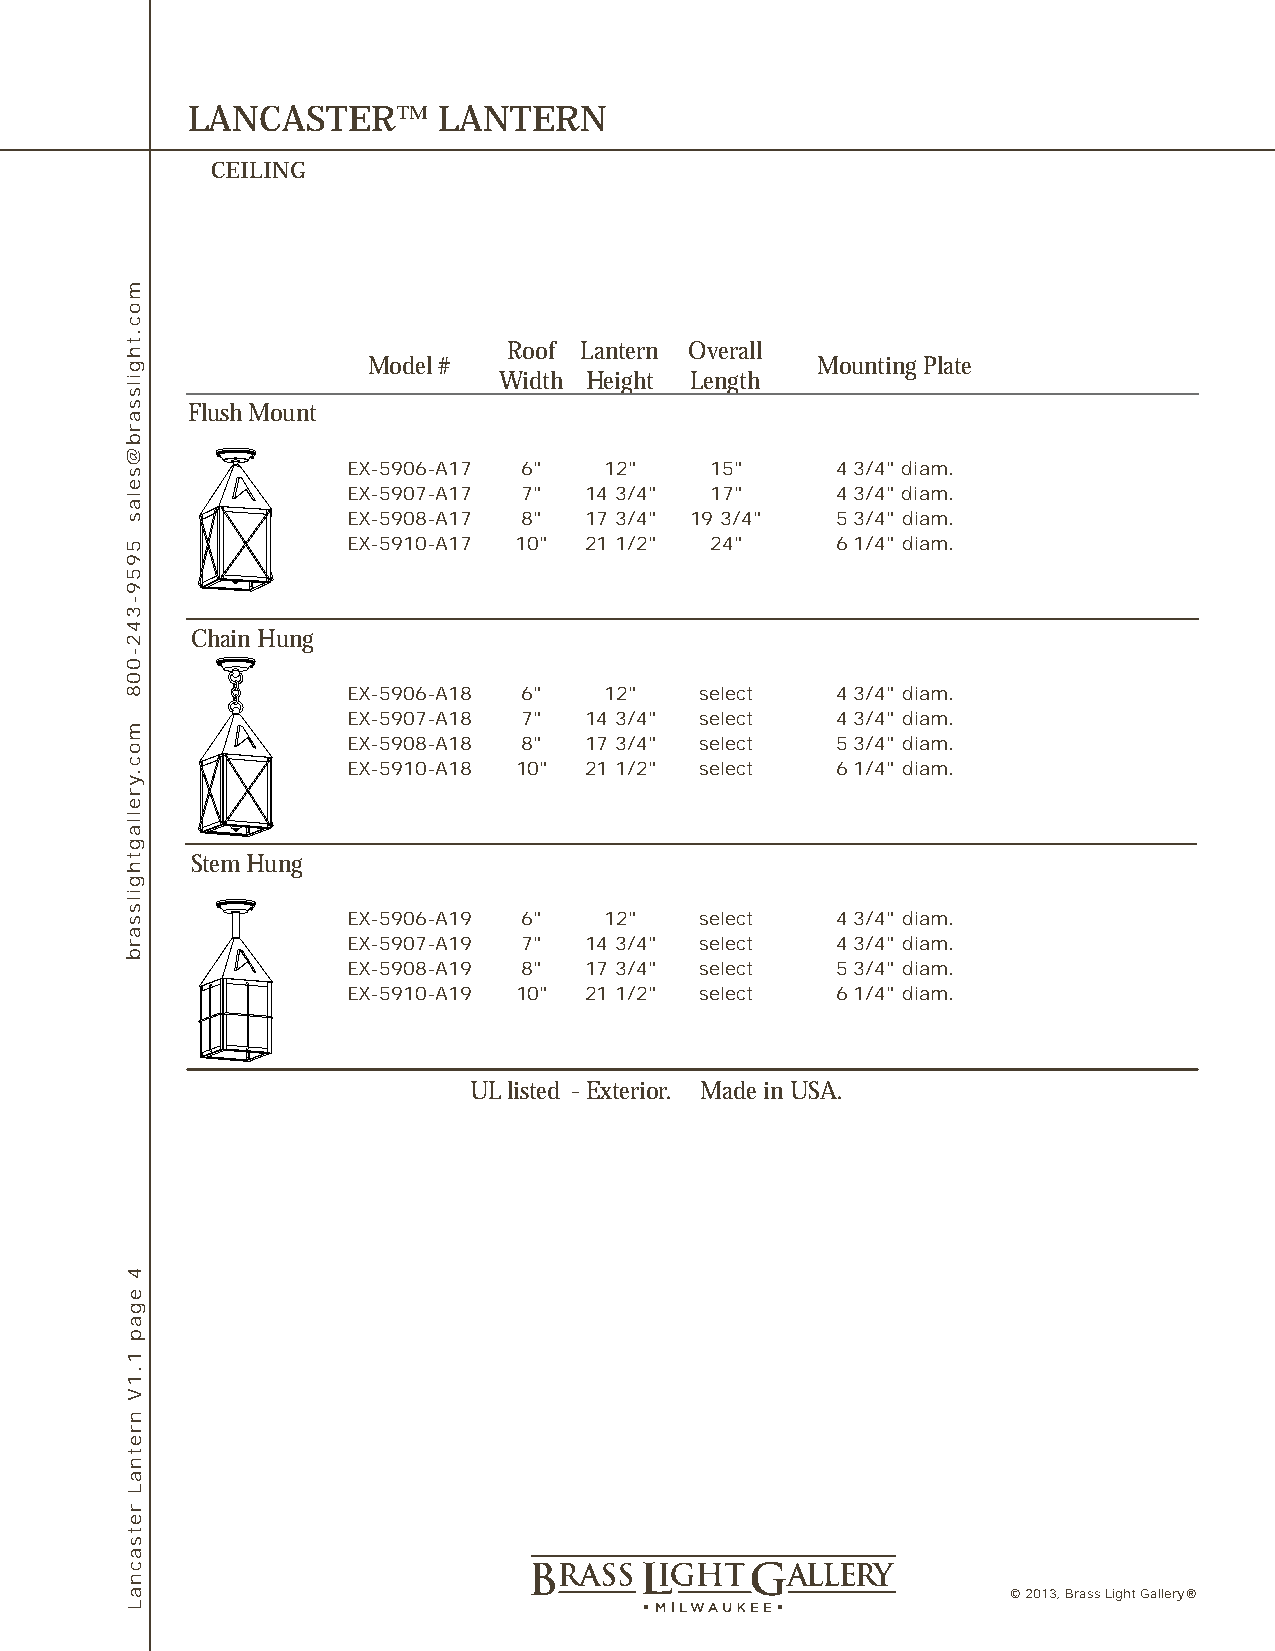
LANCASTER™       LANTERN
 CEILING
 Roof Lantern Overall
 Model #                       Mounting Plate
 Width Height Length
 Flush Mount
 EX-5906-A17 6"   12"    15"     4 3/4" diam.
 EX-5907-A17 7"  14 3/4" 17"     4 3/4" diam.
 EX-5908-A17 8"  17 3/4" 19 3/4" 5 3/4" diam.
 EX-5910-A17 10" 21 1/2" 24"     6 1/4" diam.
 Chain Hung
 EX-5906-A18 6"   12"   select   4 3/4" diam.
 EX-5907-A18 7"  14 3/4" select  4 3/4" diam.
 EX-5908-A18 8"  17 3/4" select  5 3/4" diam.
 EX-5910-A18 10" 21 1/2" select  6 1/4" diam.
 Stem Hung
 EX-5906-A19 6"   12"   select   4 3/4" diam.
 EX-5907-A19 7"  14 3/4" select  4 3/4" diam.
 EX-5908-A19 8"  17 3/4" select  5 3/4" diam.
 EX-5910-A19 10" 21 1/2" select  6 1/4" diam.
 UL listed - Exterior. Made in USA.
 © 2013, Brass Light Gallery®
 moc.thgilssarb@selas
 5959-342-008
 moc.yrellagthgilssarb
 4
 egap
 1.1V
 nretnaL
 retsacnaL